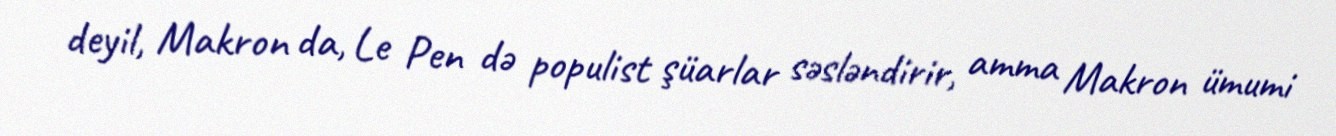
deyil, Makron da, Le Pen də populist şüarlar səsləndirir, amma Makron ümumi